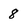
Character: 8